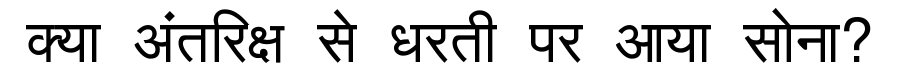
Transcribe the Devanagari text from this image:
क्या अंतरिक्ष से धरती पर आया सोना?